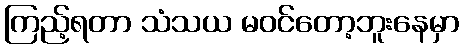
ကြည့်ရတာ သံသယ မဝင်တော့ဘူးနေမှာ